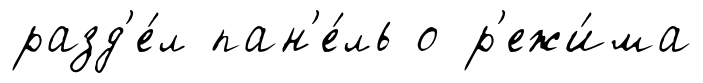
разд'е́л пан'е́ль о р'ежи́ма